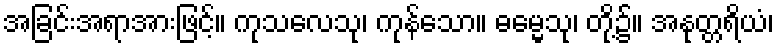
အခြင်းအရာအားဖြင့်။ ကုသလေသု၊ ကုန်သော။ ဓမ္မေသု၊ တို့၌။ အနုတ္တရိယံ၊